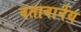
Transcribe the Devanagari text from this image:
वतावार्नेय